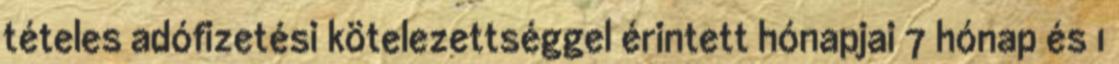
tételes adófizetési kötelezettséggel érintett hónapjai 7 hónap és 1